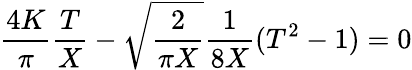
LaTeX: \frac{4K}{\pi}\frac{T}{X}-\sqrt{\frac{2}{\pi X}}\frac{1}{8X}(T^{2}-1)=0